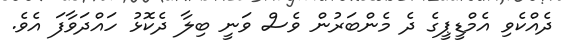
ދެއްކެވި އެމްޑީޕީގެ ދެ މެންބަރުން ވެސް ވަނީ ބިލާ ދެކޮޅު ހައްދަވާފަ އެވެ.